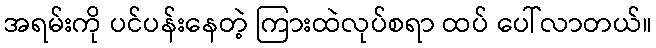
အရမ်းကို ပင်ပန်းနေတဲ့ ကြားထဲလုပ်စရာ ထပ် ပေါ်လာတယ်။